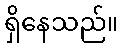
ရှိနေသည်။